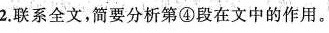
2.联系全文，简要分析第④段在文中的作用。